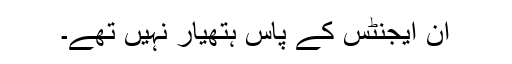
ان ایجنٹس کے پاس ہتھیار نہیں تھے۔